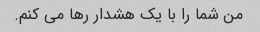
من شما را با یک هشدار رها می کنم.